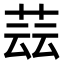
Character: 𦱚